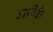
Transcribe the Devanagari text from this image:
खावेरी